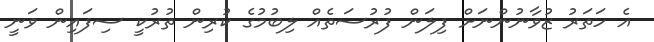
އެ ހަތަރު ޒުވާނުންނަށް ފިލަން ފުރުސަތެއް ލިބުމުގެ ކުރިން ތުރުކީ ސިފައިން ވަނީ